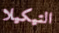
التيكيلا